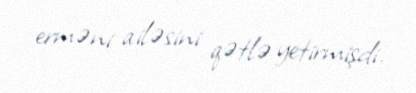
erməni ailəsini qətlə yetirmişdi.